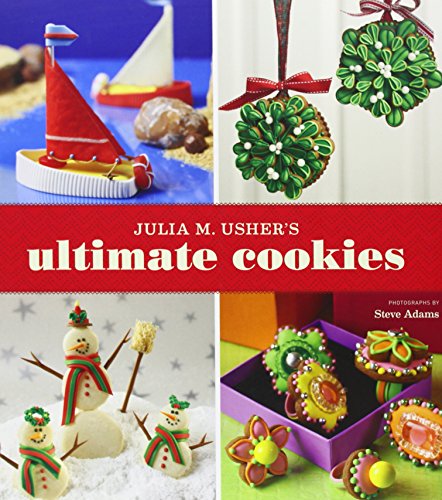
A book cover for Julia M. Usher's Ultimate Cookies; Julia M. Usher; Cookbooks, Food & Wine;